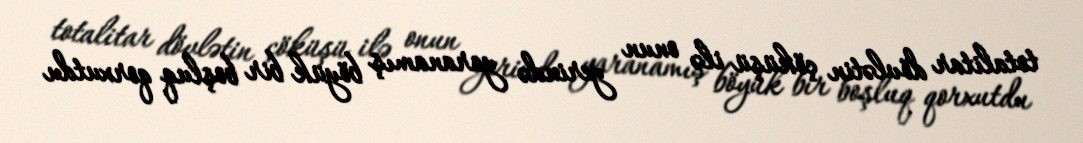
totalitar dövlətin çöküşü ilə onun yerində yaranamış böyük bir boşluq qorxutdu